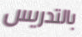
بالتدريس